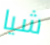
شيا